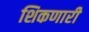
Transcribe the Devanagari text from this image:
शिकणारी